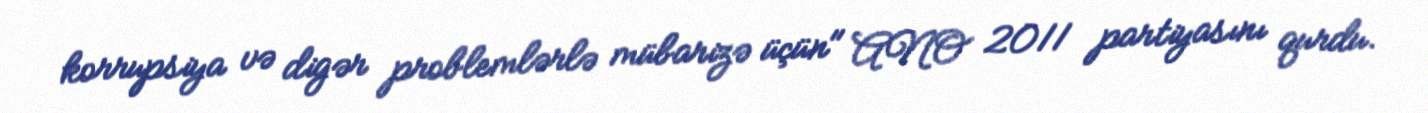
korrupsiya və digər problemlərlə mübarizə üçün" ANO 2011 partiyasını qurdu.